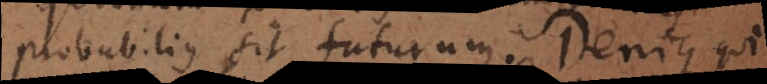
probabilius sit futurum. Denique qui